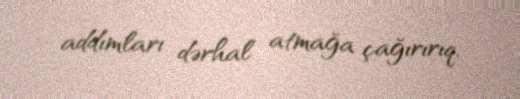
addımları dərhal atmağa çağırırıq.